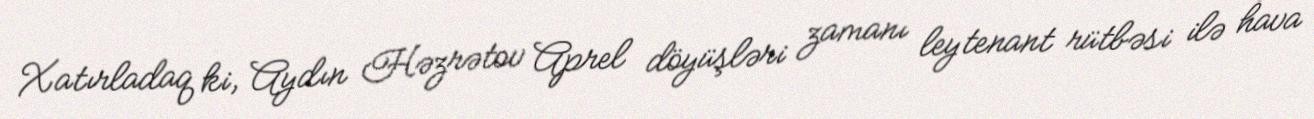
Xatırladaq ki, Aydın Həzrətov Aprel döyüşləri zamanı leytenant rütbəsi ilə hava